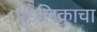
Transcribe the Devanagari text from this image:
पुंडलिकाचा